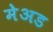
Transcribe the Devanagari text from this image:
मेअड